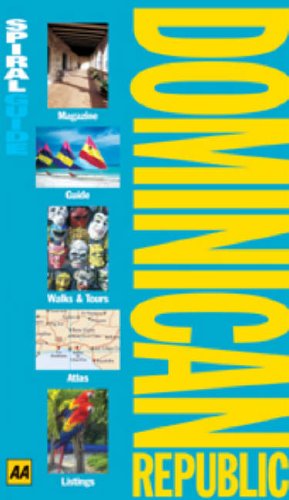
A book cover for AA Spiral Guide Dominican Republic (AA Spiral Guides); Ron Emmons; Travel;